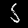
Digit: 5